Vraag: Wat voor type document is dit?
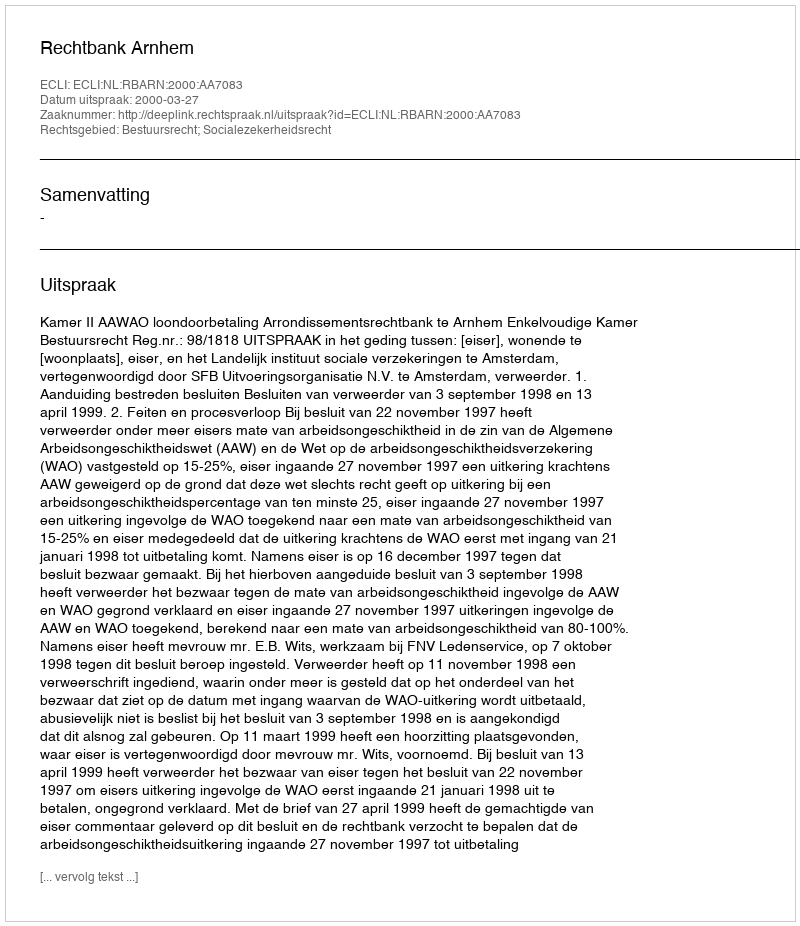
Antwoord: Uitspraak